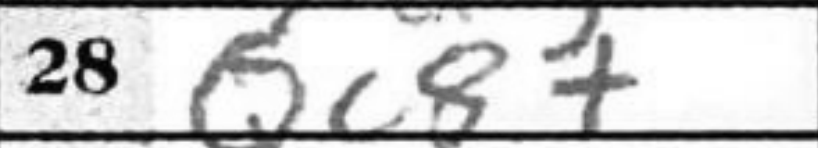
Transcription: Qc8+